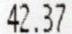
42.37